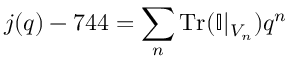
j ( q ) - 7 4 4 = \sum _ { n } \mathrm { T r } ( \mathbb { I } | _ { V _ { n } } ) q ^ { n }